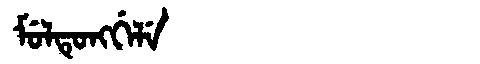
Manchu: ᠮᡠᠯᡨᡠᠩᡤᡝᠯᡝ
Romanization: MULTUNGGELE